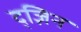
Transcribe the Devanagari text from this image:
द्ज़िन